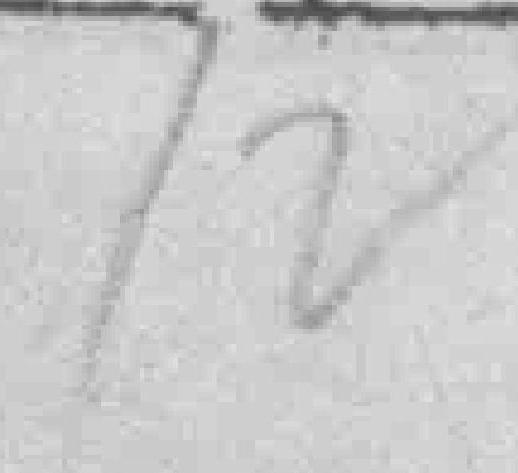
12